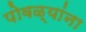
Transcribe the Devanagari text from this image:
पोवळ्यांना